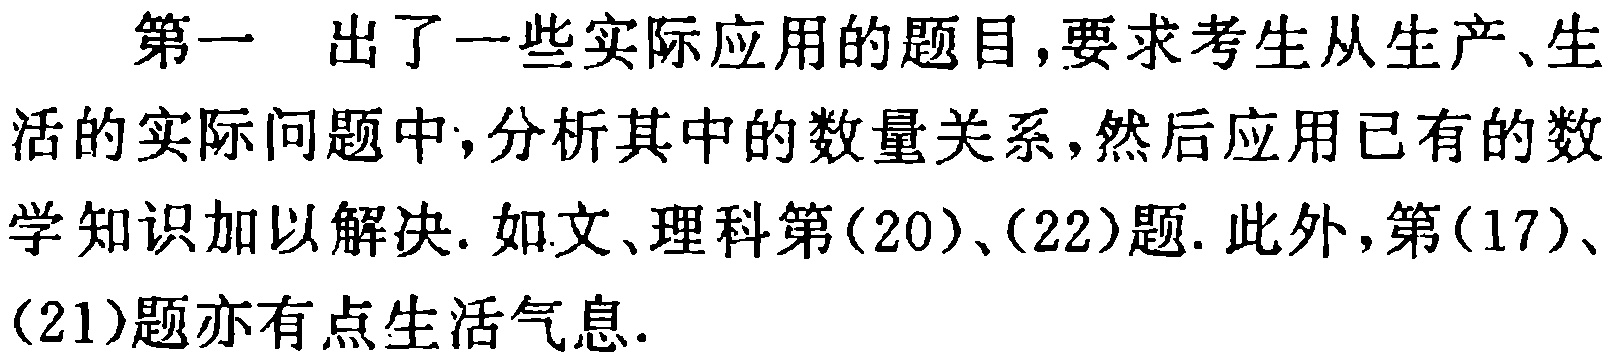
第一 出了一些实际应用的题目,要求考生从生产、生活的实际问题中,分析其中的数量关系,然后应用已有的数学知识加以解决. 如文、理科第(20)、(22)题. 此外,第(17)、(21)题亦有点生活气息.